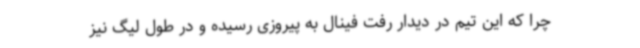
چرا که این تیم در دیدار رفت فینال به پیروزی رسیده و در طول لیگ نیز